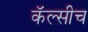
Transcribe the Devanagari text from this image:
कॅल्सीच